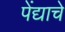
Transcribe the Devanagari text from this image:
पेंद्याचे